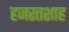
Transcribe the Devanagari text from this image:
हजरतशाह